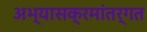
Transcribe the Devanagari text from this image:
अभ्यासक्रमांतर्गत